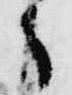
々